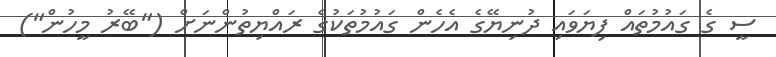
ސީ ގެ ގައުމުތައް ފިޔަވައި ދުނިޔޭގެ އެހެން ގައުމުތަކުގެ ރައްޔިތުންނަށް ("ބޭރު މީހުން")